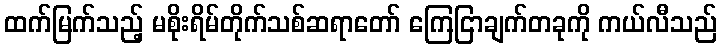
ထက်မြက်သည့် မစိုးရိမ်တိုက်သစ်ဆရာတော် ကြေငြာချက်တခုကို ကယ်လီသည်